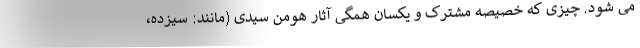
می شود. چیزی که خصیصه مشترک و یکسان همگی آثار هومن سیدی (مانند: سیزده،